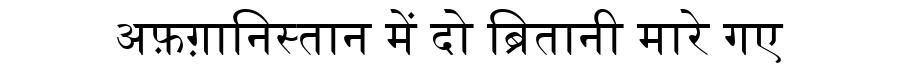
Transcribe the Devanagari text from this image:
अफ़ग़ानिस्तान में दो ब्रितानी मारे गए